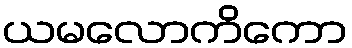
ယမလောကိကော